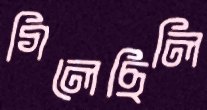
গিলেছিলি